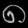
Digit: ၈